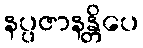
နပ္ပဇာနန္တိပေ